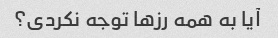
آیا به همه رزها توجه نکردی؟